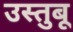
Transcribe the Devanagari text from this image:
उस्तुबू